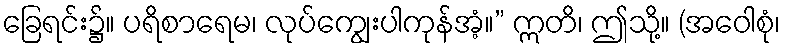
ခြေရင်း၌။ ပရိစာရေမ၊ လုပ်ကျွေးပါကုန်အံ့။” ဣတိ၊ ဤသို့။ (အဝေါစုံ၊